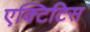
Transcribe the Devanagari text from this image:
एक्टिटिस